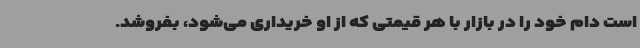
است دام خود را در بازار با هر قیمتی که از او خریداری می‌شود، بفروشد.